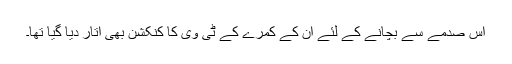
اس صدمے سے بچانے کے لئے ان کے کمرے کے ٹی وی کا کنکشن بھی اتار دیا گیا تھا۔